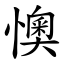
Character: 懊